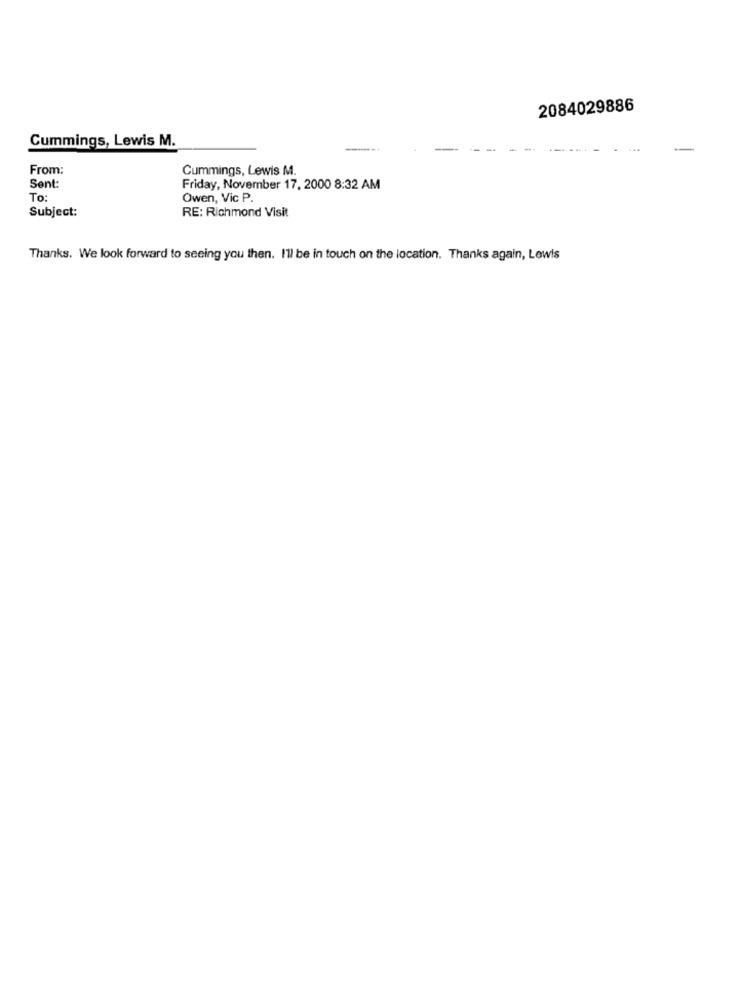
2084029886
Cummings, Lewis M.
From:
Cummings, Lewis M.
Sent:
Friday, November 17, 2000 8:32 AM
To:
Owen, Vic P.
Subject:
RE: Richmond Visit
Thanks. We look forward to seeing you then. I'll be in touch on the location. Thanks again, Lewis